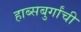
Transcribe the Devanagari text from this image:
हाब्सबुर्गांची